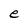
Character: e